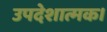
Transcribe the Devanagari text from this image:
उपदेशात्मक।